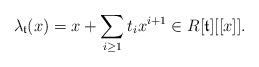
LaTeX: \begin{align*}\lambda_{\mathfrak{t}}(x)=x+\sum_{i\ge 1} t_i x^{i+1}\in R[\mathfrak{t}][[x]].\end{align*}